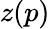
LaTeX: z(p)